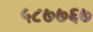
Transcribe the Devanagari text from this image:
५८७७६७